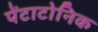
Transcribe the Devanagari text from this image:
पेंटाटोनिक